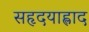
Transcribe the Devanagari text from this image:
सहृदयाह्लाद